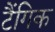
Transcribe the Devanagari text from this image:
टैंगिक